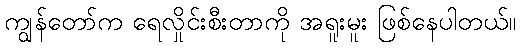
ကျွန်တော်က ရေလှိုင်းစီးတာကို အရူးမူး ဖြစ်နေပါတယ်။